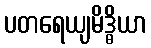
ပတရေယျမိဒ္ဓိယာ